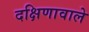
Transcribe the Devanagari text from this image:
दक्षिणावाले